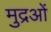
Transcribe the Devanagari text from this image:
मुद्रओं